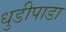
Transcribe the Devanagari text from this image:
धुडीपाडा